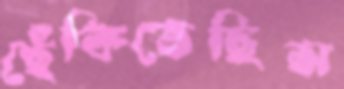
ছেঁকিতেছিস